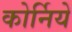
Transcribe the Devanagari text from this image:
कोर्निये